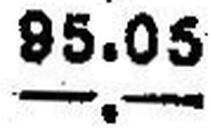
—.—